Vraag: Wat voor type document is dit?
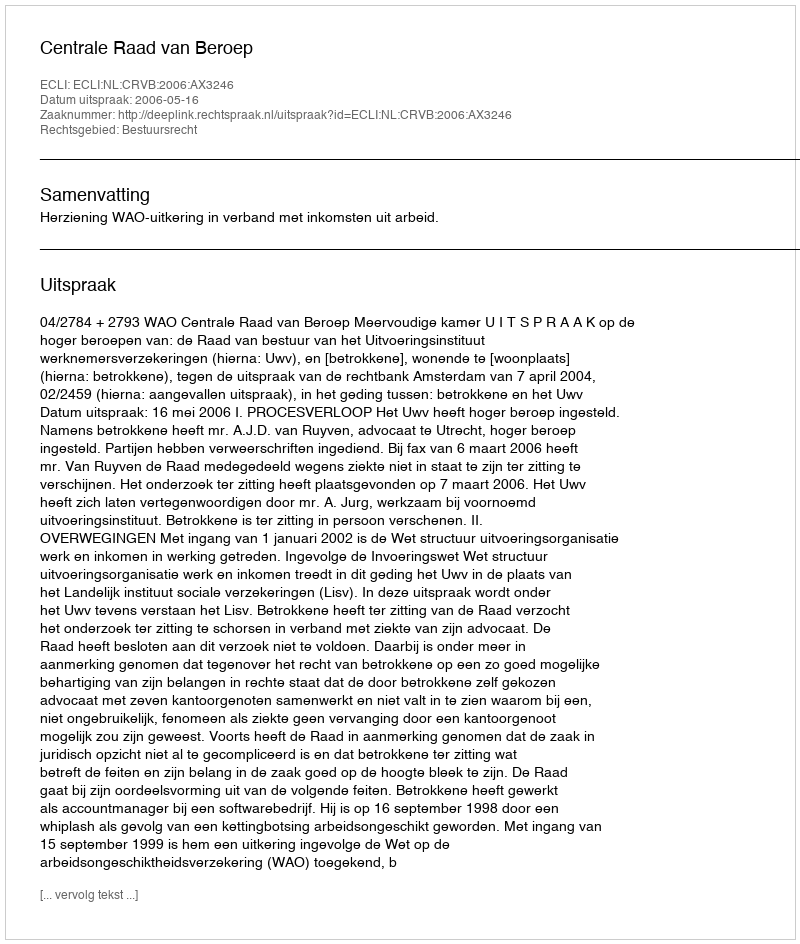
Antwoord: Uitspraak